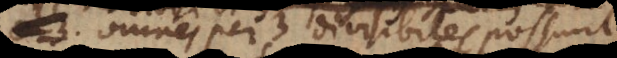
omnes per tres divisibiles possunt